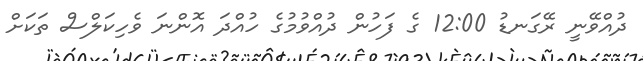
ދުއްވޭނީ ރޭގަނޑު 12:00 ގެ ފަހުން ދުއްވުމުގެ ހުއްދަ އޮންނަ ވެހިކަލްސް ތަކަށް